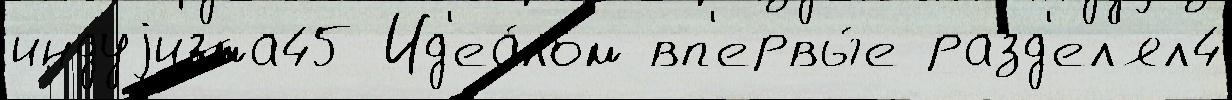
индуjизма45 Ид'еа́лом вп'ервы́е разд'ел'ял4